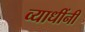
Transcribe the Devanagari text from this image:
व्याधींनी